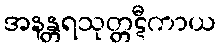
အနန္တရသုတ္တဋီကာယ